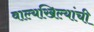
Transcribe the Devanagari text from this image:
वाल्यखिल्यांची